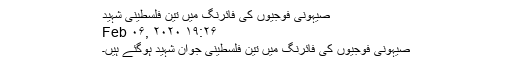
صیہونی فوجیوں کی فائرنگ میں تین فلسطینی شہید
Feb ۰۶, ۲۰۲۰ ۱۹:۲۶
صیہونی فوجیوں کی فائرنگ میں تین فلسطینی جوان شہید ہوگئے ہیں۔